King Institute of Preventive Medicine Micro-Biological Section reports 1912-19
Year: 1912
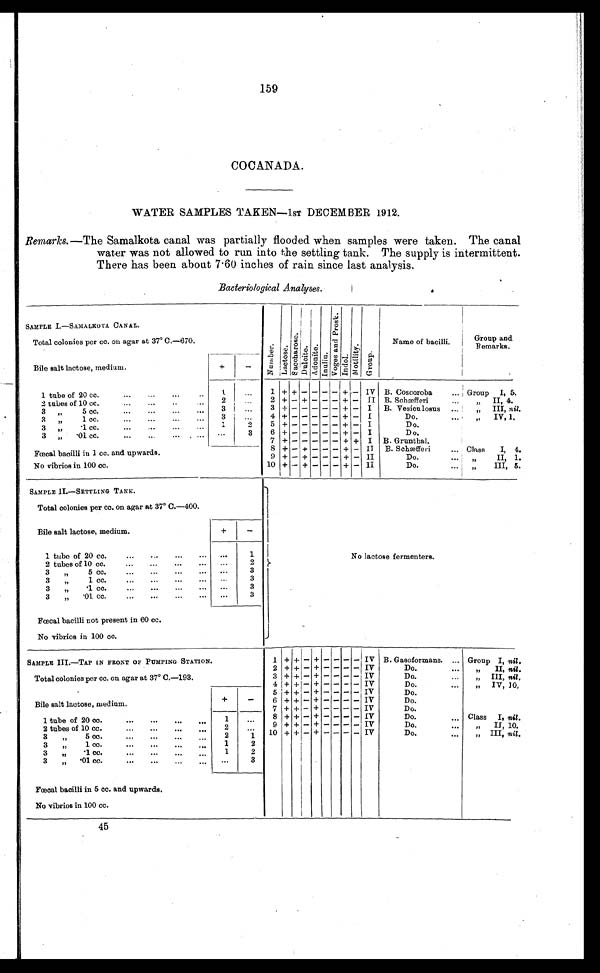
159
COCANADA.
WATER SAMPLES TAKEN-1sT DECEMBER 1912.
Remarks.—The Samalkota canal was partially flooded when samples were taken. The canal
water was not allowed to run into the settling tank. The supply is intermittent.
There has been about 7.60 inches of rain since last analysis.
Bacteriological Analyses.
SAMPLE I.—SAMALKOTA CANAL.
Number.
Lact ose. S a c c h a r o s e .
Dul ci t e. A d o n i t e . Inulin.
Vo g e s a n d P r o s t .
Indol.
Mo t i l i t y .
Group.
Name of bacilli.
Group and
Remarks.
Total colonies per cc. on agar at 37° C.—670.
Bile salt lactose, medium.
+
-
1 tube of 20 cc. . . .
. . .
. .
. .
1
. . .
1 + + - - - - + - IV B. Coscoroba
. . . Group I, 5.
2 tubes of 10 cc.
...
...
..
. . .
2
. . .
2 + - + - - - + - II B. Schæfferi
„ I I , 4 .
3
„
5
cc. . . .
. . .
. . .
3
. . .
3
+ -
- - - - + - I
B. Vesiculosus
„ III, nil.
3 „ 1 c c .
.
. . . .
.
3
. . .
4
+ -
- - - - + - I
Do.
. . .
„ IV, 1,
3 „ .1 cc.
. . .
1
2
5
+ -
- - - - + - I
D o .
3 „ .01 cc.
. . .
3
6
+ -
- - - - + - I
D o .
7
+ -
- - - - + + I B. Grunthal.
Fœcal bacilli in 1 cc. and and upwards.
8 + - + - - - + - II
B. Schfferi
. . . Class I, 4.
9 + - + -
- - + - II
Do. „ II, 1.
No vibrios in 100 cc.
10 + - + - - - + - II
Do..... . . „ 5.
S A M P L E I I . — S E T T L I N G T A N K .
N o l a c t o s e f e r m e n t e r s .
Total colonies per cc. on agar at 37° C.—400.
Bile salt lactose, medium.
+
-
1 tube of 20 cc.
...
...
. . .
1
2 tubes of 10 cc. ...
. . .
2
3 „ 5 cc.
...
...
...
. . .
3
3 „ 1 cc. ... ... ... ...
. . .
3
3 „ .1 cc. ...
. . .
3
3 „ .01 cc. ... ... ...
. . .
3
Fcecal bacilli not present in 60 cc.
No vibrios in 100 cc.
SAMPLE III.—TAP IN FRONT OF PUMPING STATION.
1 + +-+
- + - - - - IV B. Gasoformans. . . . Group I, nil.
2
+ + - + - -
- - IV
Do.
...
„ II, nil.
Total colonies per cc. on agar at 37° C.—193.
3 + + - + - - - - IV
Do.
„ I I I ,n
i l
.
4 + + - + - -
- - IV
Do....
.
„
„ IV, 10,
B i l e s a l t l a c t o s e , m e d i u m .
+
-
5 + + - + - - - - IV
Do.
6 + + - + - - - - IV
Do.
7 + + - + - - - - IV
Do.
1 tube of 20 cc.
...
...
. . .
. . .
1
...
8 + + - + - - - - IV
Do.
... Class I, nil.
2 tubes of 10 cc. ... ... ...
2
. . . 9 + + - + - - - - IV
Do.
..
„ II, 10.
3 „ 5 cc.
...
... ...
2
1 10
+ + - + - -
- - IV
Do.
...
„
III, nil.
3 „ 1 cc. . . . ... ... ...
1
2
3 „ .1 cc.
...
...
...
1
2
3 „ .01 cc.
...
...
...
. . .
3
Fœcal bacilli in 5 cc. and upwards.
No vibrios in 100 cc.
45